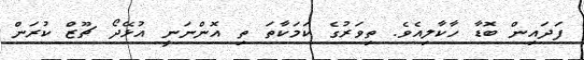
ފަދައިން ބޮޑާ ހާކާލިއެވެ. ތިވަރުގެ ކަމަކާތަ ތި އޮންނަނީ އުޅޭދޯ ޗޫޒް ކުރަން